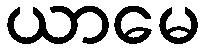
ယာမေ